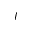
I